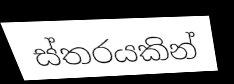
ස්තරයකින්